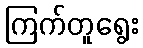
ကြက်တူရွေး